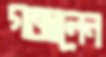
গজালেন